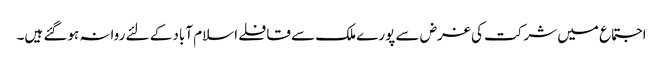
اجتماع میں شرکت کی غرض سے پورے ملک سے قافلے اسلام آباد کے لئے روانہ ہوگئے ہیں۔